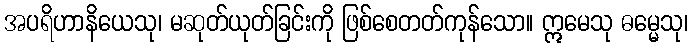
အပရိဟာနိယေသု၊ မဆုတ်ယုတ်ခြင်းကို ဖြစ်စေတတ်ကုန်သော။ ဣမေသု ဓမ္မေသု၊